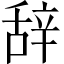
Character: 辞